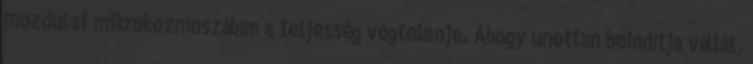
mozdulat mikrokozmoszában a teljesség végtelenje. Ahogy unottan beindítja vállát,